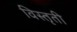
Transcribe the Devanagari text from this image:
विस्तृती